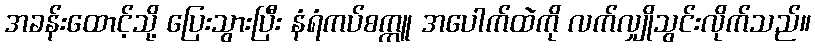
အခန်းထောင့်သို့ ပြေးသွားပြီး နံရံကပ်စက္ကူ အပေါက်ထဲကို လက်လျှိုသွင်းလိုက်သည်။